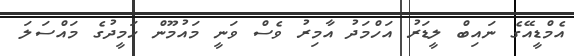
އެމްޑީއޭގެ ނައިބް ލީޑަރު އަހްމަދު އާމިރު ވެސް ވަނީ މައުމޫން ހަމީދުގެ މައްސަލަ